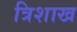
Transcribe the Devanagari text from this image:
त्रिशाख